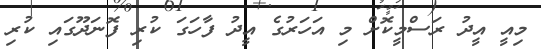
މިއީ އީދު ރަސްމީކޮށް މި އަހަރުގެ އީދު ފާހަގަ ކުރި ފޮނަދޫގައި ކުރި